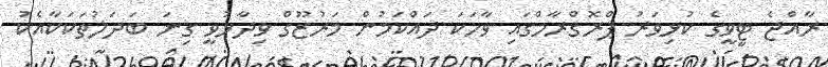
ރާއްޖެ ޓީވީގެ ކުޅިވަރު ޕްރޮގްރާމްގައި ވާހަކަ ދައްކަމުން މަރުޒޫގް ވިދާޅުވީ ގިނަ ބަދަލުތަކަކާއެކު